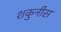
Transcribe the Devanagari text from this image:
शकुनीस